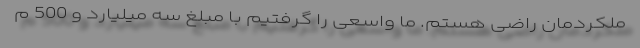
ملکردمان راضی هستم. ما واسعی را گرفتیم با مبلغ سه میلیارد و 500 م